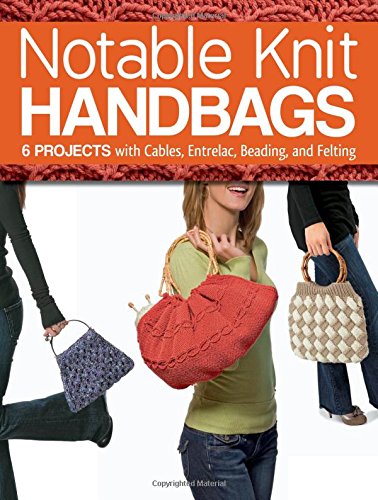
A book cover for Notable Knit Handbags: 6 Projects with Cables, Entrelac, Beading, and Felting; Carri Hammett; Crafts, Hobbies & Home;